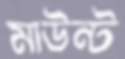
মাউন্ট